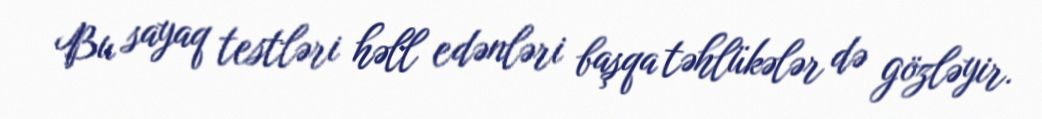
Bu sayaq testləri həll edənləri başqa təhlükələr də gözləyir.